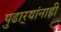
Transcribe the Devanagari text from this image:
पुढार्‍यांनाही